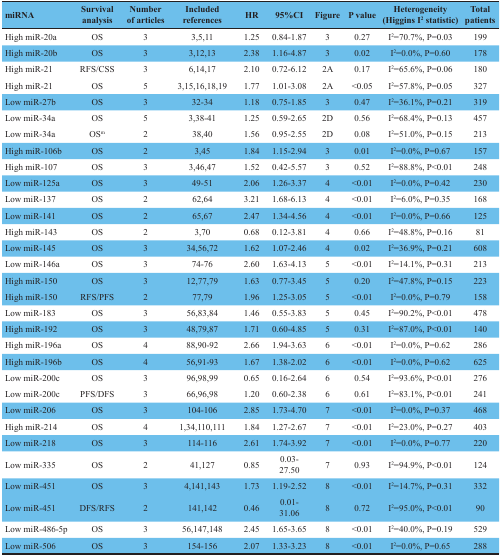
<table><thead><tr><td><b>miRNA</b></td><td><b>Survival analysis</b></td><td><b>Number of articles</b></td><td><b>Included references</b></td><td><b>HR</b></td><td><b>95%CI</b></td><td><b>Figure</b></td><td><b>P value</b></td><td><b>Heterogeneity (Higgins I2 statistic)</b></td><td><b>Total patients</b></td></tr></thead><tbody><tr><td>High miR-20a</td><td>OS</td><td>3</td><td>3,5,11</td><td>1.25</td><td>0.84-1.87</td><td>3</td><td>0.27</td><td>I2=70.7%, P=0.03</td><td>199</td></tr><tr><td>High miR-20b</td><td>OS</td><td>3</td><td>3,12,13</td><td>2.38</td><td>1.16-4.87</td><td>3</td><td>0.02</td><td>I2=0.0%, P=0.60</td><td>178</td></tr><tr><td>High miR-21</td><td>RFS/CSS</td><td>3</td><td>6,14,17</td><td>2.10</td><td>0.72-6.12</td><td>2A</td><td>0.17</td><td>I2=65.6%, P=0.06</td><td>180</td></tr><tr><td>High miR-21</td><td>OS</td><td>5</td><td>3,15,16,18,19</td><td>1.77</td><td>1.01-3.08</td><td>2A</td><td>&lt;0.05</td><td>I2=57.8%, P=0.05</td><td>327</td></tr><tr><td>Low miR-27b</td><td>OS</td><td>3</td><td>32-34</td><td>1.18</td><td>0.75-1.85</td><td>3</td><td>0.47</td><td>I2=36.1%, P=0.21</td><td>319</td></tr><tr><td>Low miR-34a</td><td>OS</td><td>5</td><td>3,38-41</td><td>1.25</td><td>0.59-2.65</td><td>2D</td><td>0.56</td><td>I2=68.4%, P=0.13</td><td>457</td></tr><tr><td>Low miR-34a</td><td>OS<sup>m</sup></td><td>2</td><td>38,40</td><td>1.56</td><td>0.95-2.55</td><td>2D</td><td>0.08</td><td>I2=51.0%, P=0.15</td><td>213</td></tr><tr><td>High miR-106b</td><td>OS</td><td>2</td><td>3,45</td><td>1.84</td><td>1.15-2.94</td><td>3</td><td>0.01</td><td>I2=0.0%, P=0.67</td><td>157</td></tr><tr><td>High miR-107</td><td>OS</td><td>3</td><td>3,46,47</td><td>1.52</td><td>0.42-5.57</td><td>3</td><td>0.52</td><td>I2=88.8%, P&lt;0.01</td><td>248</td></tr><tr><td>Low miR-125a</td><td>OS</td><td>3</td><td>49-51</td><td>2.06</td><td>1.26-3.37</td><td>4</td><td>&lt;0.01</td><td>I2=0.0%, P=0.42</td><td>230</td></tr><tr><td>Low miR-137</td><td>OS</td><td>2</td><td>62,64</td><td>3.21</td><td>1.68-6.13</td><td>4</td><td>&lt;0.01</td><td>I2=6.0%, P=0.35</td><td>168</td></tr><tr><td>Low miR-141</td><td>OS</td><td>2</td><td>65,67</td><td>2.47</td><td>1.34-4.56</td><td>4</td><td>&lt;0.01</td><td>I2=0.0%, P=0.66</td><td>125</td></tr><tr><td>High miR-143</td><td>OS</td><td>2</td><td>3,70</td><td>0.68</td><td>0.12-3.81</td><td>4</td><td>0.66</td><td>I2=48.8%, P=0.16</td><td>81</td></tr><tr><td>Low miR-145</td><td>OS</td><td>3</td><td>34,56,72</td><td>1.62</td><td>1.07-2.46</td><td>4</td><td>0.02</td><td>I2=36.9%, P=0.21</td><td>608</td></tr><tr><td>Low miR-146a</td><td>OS</td><td>3</td><td>74-76</td><td>2.60</td><td>1.63-4.13</td><td>5</td><td>&lt;0.01</td><td>I2=14.1%, P=0.31</td><td>213</td></tr><tr><td>High miR-150</td><td>OS</td><td>3</td><td>12,77,79</td><td>1.63</td><td>0.77-3.45</td><td>5</td><td>0.20</td><td>I2=47.8%, P=0.15</td><td>223</td></tr><tr><td>High miR-150</td><td>RFS/PFS</td><td>2</td><td>77,79</td><td>1.96</td><td>1.25-3.05</td><td>5</td><td>&lt;0.01</td><td>I2=0.0%, P=0.79</td><td>158</td></tr><tr><td>Low miR-183</td><td>OS</td><td>3</td><td>56,83,84</td><td>1.46</td><td>0.55-3.83</td><td>5</td><td>0.45</td><td>I2=90.2%, P&lt;0.01</td><td>478</td></tr><tr><td>High miR-192</td><td>OS</td><td>3</td><td>48,79,87</td><td>1.71</td><td>0.60-4.85</td><td>5</td><td>0.31</td><td>I2=87.0%, P&lt;0.01</td><td>140</td></tr><tr><td>High miR-196a</td><td>OS</td><td>4</td><td>88,90-92</td><td>2.66</td><td>1.94-3.63</td><td>6</td><td>&lt;0.01</td><td>I2=0.0%, P=0.62</td><td>286</td></tr><tr><td>High miR-196b</td><td>OS</td><td>4</td><td>56,91-93</td><td>1.67</td><td>1.38-2.02</td><td>6</td><td>&lt;0.01</td><td>I2=0.0%, P=0.62</td><td>625</td></tr><tr><td>Low miR-200c</td><td>OS</td><td>3</td><td>96,98,99</td><td>0.65</td><td>0.16-2.64</td><td>6</td><td>0.54</td><td>I2=93.6%, P&lt;0.01</td><td>276</td></tr><tr><td>Low miR-200c</td><td>PFS/DFS</td><td>3</td><td>66,96,98</td><td>1.20</td><td>0.60-2.38</td><td>6</td><td>0.61</td><td>I2=83.1%, P&lt;0.01</td><td>241</td></tr><tr><td>Low miR-206</td><td>OS</td><td>3</td><td>104-106</td><td>2.85</td><td>1.73-4.70</td><td>7</td><td>&lt;0.01</td><td>I2=0.0%, P=0.37</td><td>468</td></tr><tr><td>High miR-214</td><td>OS</td><td>4</td><td>1,34,110,111</td><td>1.84</td><td>1.27-2.67</td><td>7</td><td>&lt;0.01</td><td>I2=23.0%, P=0.27</td><td>403</td></tr><tr><td>Low miR-218</td><td>OS</td><td>3</td><td>114-116</td><td>2.61</td><td>1.74-3.92</td><td>7</td><td>&lt;0.01</td><td>I2=0.0%, P=0.77</td><td>220</td></tr><tr><td>Low miR-335</td><td>OS</td><td>2</td><td>41,127</td><td>0.85</td><td>0.03-27.50</td><td>7</td><td>0.93</td><td>I2=94.9%, P&lt;0.01</td><td>124</td></tr><tr><td>Low miR-451</td><td>OS</td><td>3</td><td>4,141,143</td><td>1.73</td><td>1.19-2.52</td><td>8</td><td>&lt;0.01</td><td>I2=14.7%, P=0.31</td><td>332</td></tr><tr><td>Low miR-451</td><td>DFS/RFS</td><td>2</td><td>141,142</td><td>0.46</td><td>0.01-31.06</td><td>8</td><td>0.72</td><td>I2=95.0%, P&lt;0.01</td><td>90</td></tr><tr><td>Low miR-486-5p</td><td>OS</td><td>3</td><td>56,147,148</td><td>2.45</td><td>1.65-3.65</td><td>8</td><td>&lt;0.01</td><td>I2=40.0%, P=0.19</td><td>529</td></tr><tr><td>Low miR-506</td><td>OS</td><td>3</td><td>154-156</td><td>2.07</td><td>1.33-3.23</td><td>8</td><td>&lt;0.01</td><td>I2=0.0%, P=0.65</td><td>288</td></tr></tbody></table>